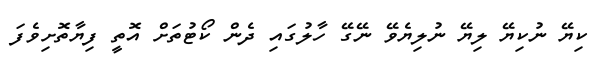
ކިޔޭ ނުކިޔޭ ލިޔޭ ނުލިޔެވޭ ނޭގޭ ހާލުގައި ދެން ކޯޓުތަށް އޮތީ ފިޔާތޮށިވެފަ